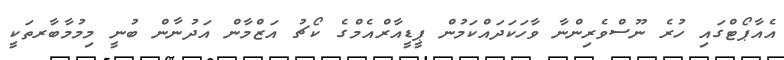
އެއާޕޯޓްގައި ހުރެ ނޫސްވެރިންނާ ވާހަކަދައްކަމުން ޕީޑީއާރްއެމްގެ ކޯޗު އަޒްމާން އަދުނާން ބުނީ މިމުމާބާރތަކީ